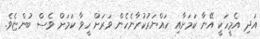
އަދި އެމީހަކީ އޭނާ ކަމަށާއި ހައްޔަރުކުރާނެހެން ވަރަށް ހީވާ ކަމަށް ވެސް ބުންޏެވެ.